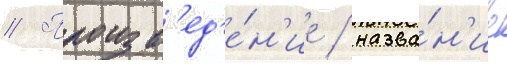
// Произв'ед'е́н'ие / назва́н'ие